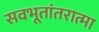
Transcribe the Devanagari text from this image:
सवभूतांतरात्मा